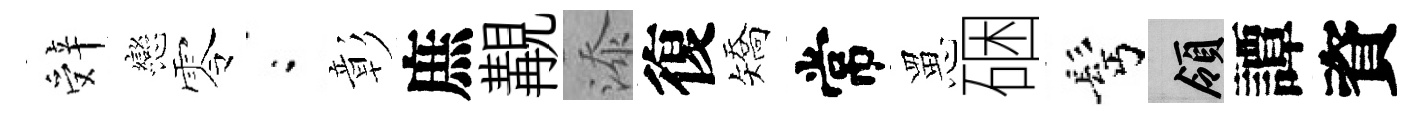
辤戀零閤彰庶覯添復矯常罳硱髩領譚資